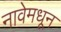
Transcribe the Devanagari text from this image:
नावेमधून